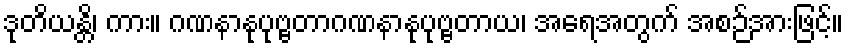
ဒုတိယန္တိ၊ ကား။ ဂဏနာနုပုဗ္ဗတာဂဏနာနုပုဗ္ဗတာယ၊ အရေအတွက် အစဉ်အားဖြင့်။